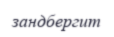
зандбергит